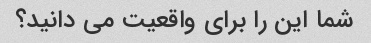
شما این را برای واقعیت می دانید؟